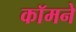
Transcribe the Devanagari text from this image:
कॉमने